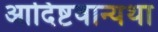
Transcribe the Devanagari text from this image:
आदिष्टवान्यथा